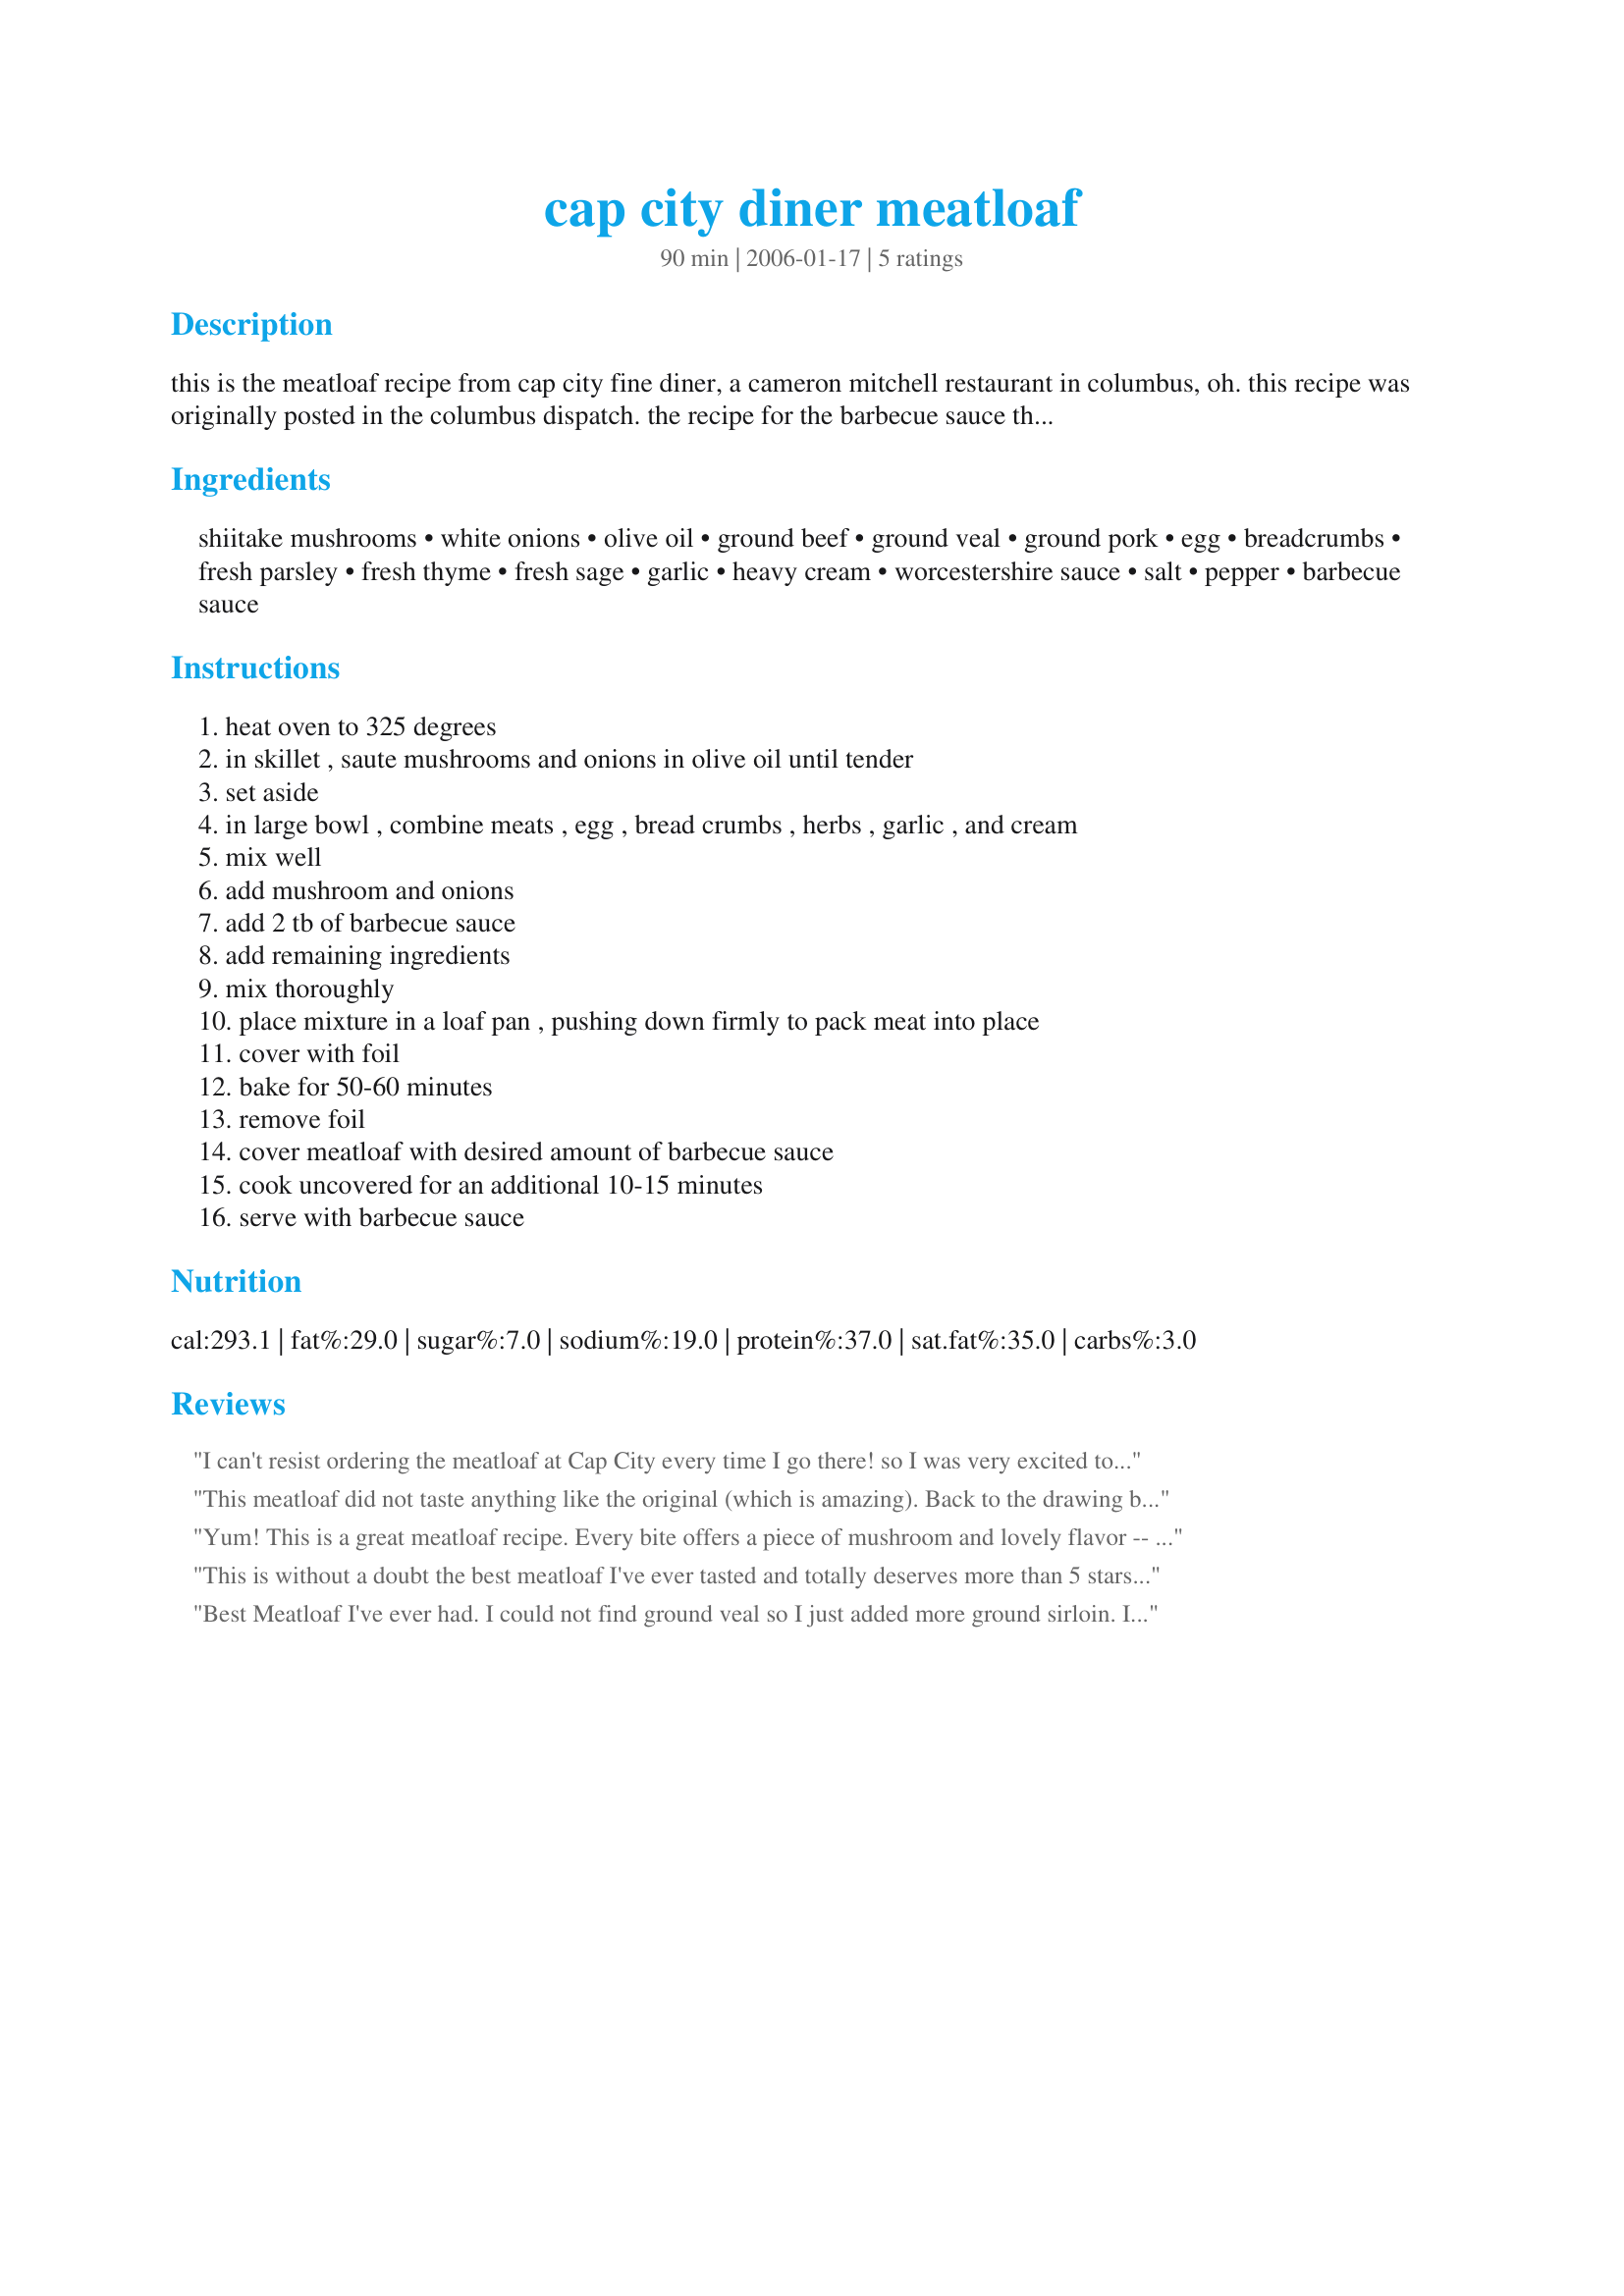
cap city diner meatloaf
Preparation time: 90 minutes

this is the meatloaf recipe from cap city fine diner, a cameron mitchell restaurant in columbus, oh. this recipe was originally posted in the columbus dispatch. the recipe for the barbecue sauce that goes with this can be found in recipe #140992.

Ingredients:
shiitake mushrooms, white onions, olive oil, ground beef, ground veal, ground pork, egg, breadcrumbs, fresh parsley, fresh thyme, fresh sage, garlic, heavy cream, worcestershire sauce, salt, pepper, barbecue sauce

Steps:
heat oven to 325 degrees, in skillet , saute mushrooms and onions in olive oil until tender, set aside, in large bowl , combine meats , egg , bread crumbs , herbs , garlic , and cream, mix well, add mushroom and onions, add 2 tb of barbecue sauce, add remaining ingredients, mix thoroughly, place mixture in a loaf pan , pushing down firmly to pack meat into place, cover with foil, bake for 50-60 minutes, remove foil, cover meatloaf with desired amount of barbecue sauce, cook uncovered for an additional 10-15 minutes, serve with barbecue sauce

Reviews:
I can't resist ordering the meatloaf at Cap City every time I go there! so I was very excited to see the recipe and try it! Like others, I did not have the veal so added extra pork. I made the Cap City BBQ (yummy!) and, I made the onion straws to complete the recipe. I plated it just like Capy City with the meatloaf on the bottom follwed by the mashed potatoes on top, drizzled the bbq sauce and topped with the onion straws. Everyone loved it! Thanks for a great recipe!!
This meatloaf did not taste anything like the original (which is amazing). Back to the drawing board....
Yum! This is a great meatloaf recipe. Every bite offers a piece of mushroom and lovely flavor -- and I used ground turkey. I bet it's even better with the listed meat ingredients. I went the optional route with barbecue sauce (Open Pit original) on top. And the sandwiches the next day were even better than the first serving of the dish. Love those meatloaf sandwiches! Thanks so much, Swampkitty.
This is without a doubt the best meatloaf I've ever tasted and totally deserves more than 5 stars. The store was out of shiitakes so I used baby bellas and replaced the veal with more pork. Also used dried herbs (1/2 tsp each). Love the <a href="/140992">Cap City Barbecue Sauce</a> (but I should - I posted it! lol) I've not had the original meatloaf at Cap City Diner so can't compare but if it's even half as good as this, well... Thanks for a *wonderful* recipe!
Best Meatloaf I've ever had. I could not find ground veal so I just added more ground sirloin. I also could not find shiitake mushrooms so I used gourmet white and cut them into small thin pieces. I topped this off with Montgomery Inn's BBQ Sauce and think that was a perfect match.
